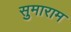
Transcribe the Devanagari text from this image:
सुमाराम